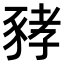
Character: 𧱐